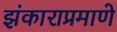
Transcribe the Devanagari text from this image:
झंकाराप्रमाणे